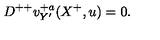
D ^ { + + } v _ { Y ^ { \prime } } ^ { + a } ( X ^ { + } , u ) = 0 .